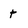
Character: t